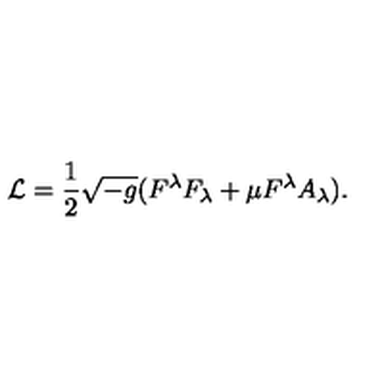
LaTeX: { \cal L } = { \frac { 1 } { 2 } } \sqrt { - g } ( F ^ { \lambda } F _ { \lambda } + \mu F ^ { \lambda } A _ { \lambda } ) .